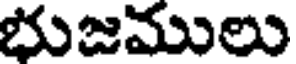
భుజములు